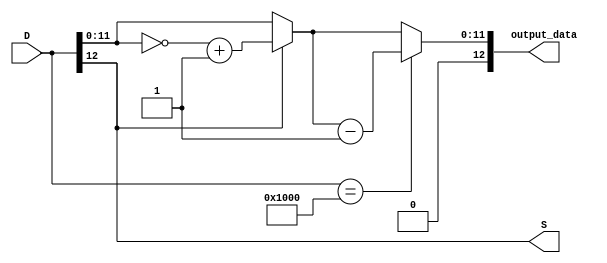
`timescale 1ns / 1ps
//////////////////////////////////////////////////////////////////////////////////
// Company: 
// Engineer: 
// 
// Design Name: 
// Module Name:    converter
// Project Name: 
// Target Devices: 
// Tool versions: 
// Description: 
//
// Dependencies: 
//
// Revision: 
// Revision 0.01 - File Created
// Additional Comments: 
//
//////////////////////////////////////////////////////////////////////////////////
module converter(D, S, output_data);
	input [12:0] D;
	output S;
	output [12:0] output_data;
	
	reg [11:0] c;
    
   // assign D = -4094;
   assign S = D >> 12;
   
   always @* begin
       if (S == 1)
           c = ~D + 1;
       else
           c = D;
            
       if (D == 'b1_0000_0000_0000)
           c = c - 1;
   end
    
   assign output_data = c;
	
endmodule